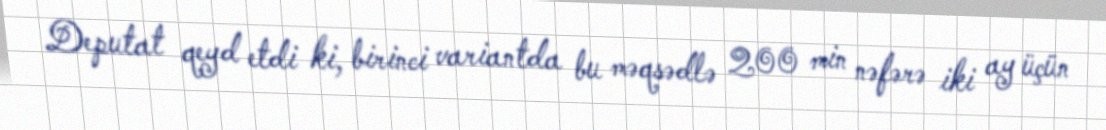
Deputat qeyd etdi ki, birinci variantda bu məqsədlə 200 min nəfərə iki ay üçün